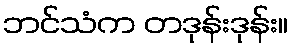
ဘင်သံက တဒုန်းဒုန်း။